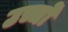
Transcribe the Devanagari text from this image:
उच्चों